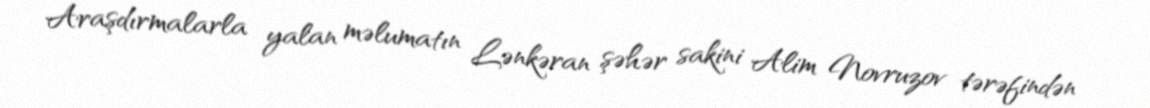
Araşdırmalarla yalan məlumatın Lənkəran şəhər sakini Alim Novruzov tərəfindən